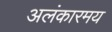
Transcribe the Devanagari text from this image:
अलंकारमय